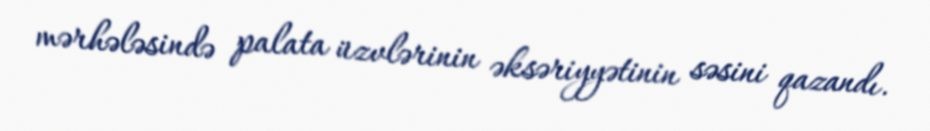
mərhələsində palata üzvlərinin əksəriyyətinin səsini qazandı.